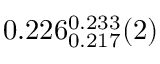
0 . 2 2 6 _ { 0 . 2 1 7 } ^ { 0 . 2 3 3 } ( 2 )